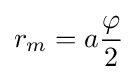
r_{m}=a{\frac {\varphi }{2}}